Report on sanitation, dispensaries, and jails in Rajputana for 1910, and on vaccination for the year 1910-1911 - 1910-1911
Year: 1910
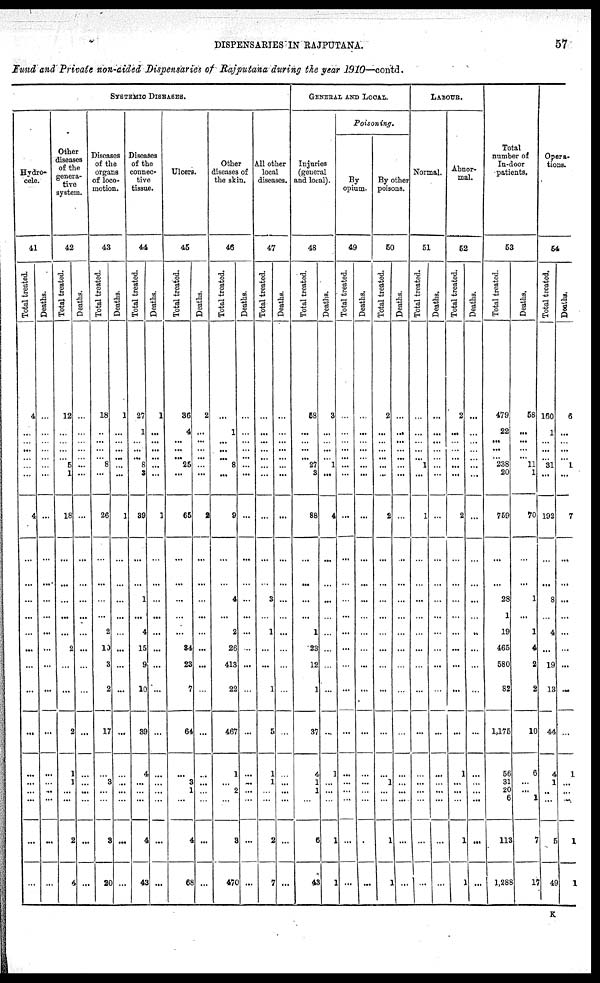
DISPENSARIES IN RAJPUTANA.
57
Fund and Private non-aided Dispensaries of Rajputana during the year 1910—contd.
SYSTEMIC DISEASES.
Hydro-
cele.
41
Total treated.
4
...
...
... ...
...
...
4
...
...
...
...
...
...
...
...
...
...
...
...
...
...
...
Deaths.
...
...
...
... ...
...
...
...
...
...
...
...
...
...
...
...
...
...
...
...
...
...
...
Other
diseases
of the
genera-
tive
system.
42
Total treated.
12
...
...
... ...
5
1
18
...
...
...
...
...
2
...
...
2
1
1
...
...
2
4
Deaths.
...
...
...
...
...
...
...
...
...
...
...
...
...
...
...
...
...
...
...
...
...
...
...
Diseases
of the
organs
of loco-
motion.
43
Total treated.
18
...
...
... ...
8
...
26
...
...
...
...
2
10
3
2
17
...
3
...
...
3
20
Deaths.
1
...
...
...
...
...
...
1
...
...
...
...
...
...
...
...
...
...
...
...
...
...
...
Diseases
of the
connec-
tive
tissue.
44
Total treated.
27
1
...
...
...
8
3
39
...
...
1
...
4
15
9
10
39
4
...
...
...
4
43
Deaths.
1
...
...
...
...
...
...
1
...
...
...
...
...
...
...
...
...
...
...
...
...
...
...
Ulcers.
45
Total treated.
36
4
...
... ...
25
...
65
...
...
...
...
...
34
23
7
64
...
3
1
...
4
68
Deaths.
2
...
...
...
...
...
...
2
...
...
...
...
...
...
...
...
...
...
...
...
...
...
...
Other
Diseases of
the skin.
46
Total treated.
...
1
...
... ...
8
...
9
...
...
4
...
2
26
413
22
467
1
...
2
...
3
470
Deaths.
...
...
...
...
...
...
...
...
...
...
...
...
...
...
...
...
...
...
...
...
...
...
...
All other
local
Diseases.
47
Total treated.
...
...
...
...
...
...
...
...
...
...
3
...
1
...
...
1
5
1
1
...
...
2
7
Deaths.
...
...
...
...
...
...
...
...
...
...
...
...
...
...
...
...
...
...
...
...
...
...
...
GENERAL AND LOCAL.
Injuries
(general
and local).
48
Total treated.
58
...
...
... ...
27
3
88
...
...
...
...
1
23
12
1
37
4
1
1
...
6
43
Deaths.
3
...
...
...
...
1
...
4
...
...
...
...
...
...
...
...
...
1
...
...
...
1
1
Poisoning.
By
opium.
49
Total treated.
...
...
...
...
...
...
...
...
...
...
...
...
...
...
...
...
...
...
...
...
...
...
...
Deaths.
...
...
...
... ...
...
...
...
...
...
...
...
...
...
...
...
...
...
...
...
...
...
...
By other
poisons.
50
Total treated.
2
...
...
...
...
...
...
2
...
...
...
...
...
...
...
...
...
...
1
...
...
1
1
Deaths.
...
...
...
...
...
...
...
...
...
...
...
...
...
...
...
...
...
...
...
...
...
...
...
LAHOUR.
Normal.
51
Total treated.
...
...
...
...
...
1
...
1
...
...
...
...
...
...
...
...
...
...
...
...
...
...
...
Deaths.
...
...
...
... ...
...
...
...
...
...
...
...
...
...
...
...
...
...
...
...
...
...
...
Abnor-
mal.
52
Total treated.
2
...
...
...
...
...
...
2
...
...
...
...
...
...
...
...
...
1
...
...
...
1
1
Deaths.
...
...
...
... ...
...
...
...
...
...
...
...
..
...
...
...
...
...
...
...
...
...
...
Total
number of
In-door
patients.
53
Total treated.
479
22
...
... ...
238
20
759
...
...
28
1
19
465
580
82
1,175
56
31
20
6
113
1,288
Deaths.
58
...
...
... ...
11
1
70
...
...
1
...
1
4
2
2
10
6
...
... 1
7
17
Opera-
tions.
54
Total treated.
160
1
...
... ...
31
...
192
...
...
8
...
4
...
19
13
44
4
1
...
...
5
49
Deaths.
6
...
...
...
...
1
...
7
...
...
...
...
...
...
...
...
...
1
...
...
...
1
1
K